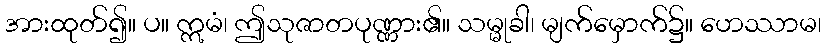
အားထုတ်၍။ ပ။ ဣမံ၊ ဤသုဇာတပုဏ္ဏား၏။ သမ္မုခါ၊ မျက်မှောက်၌။ ဟေဿာမ၊